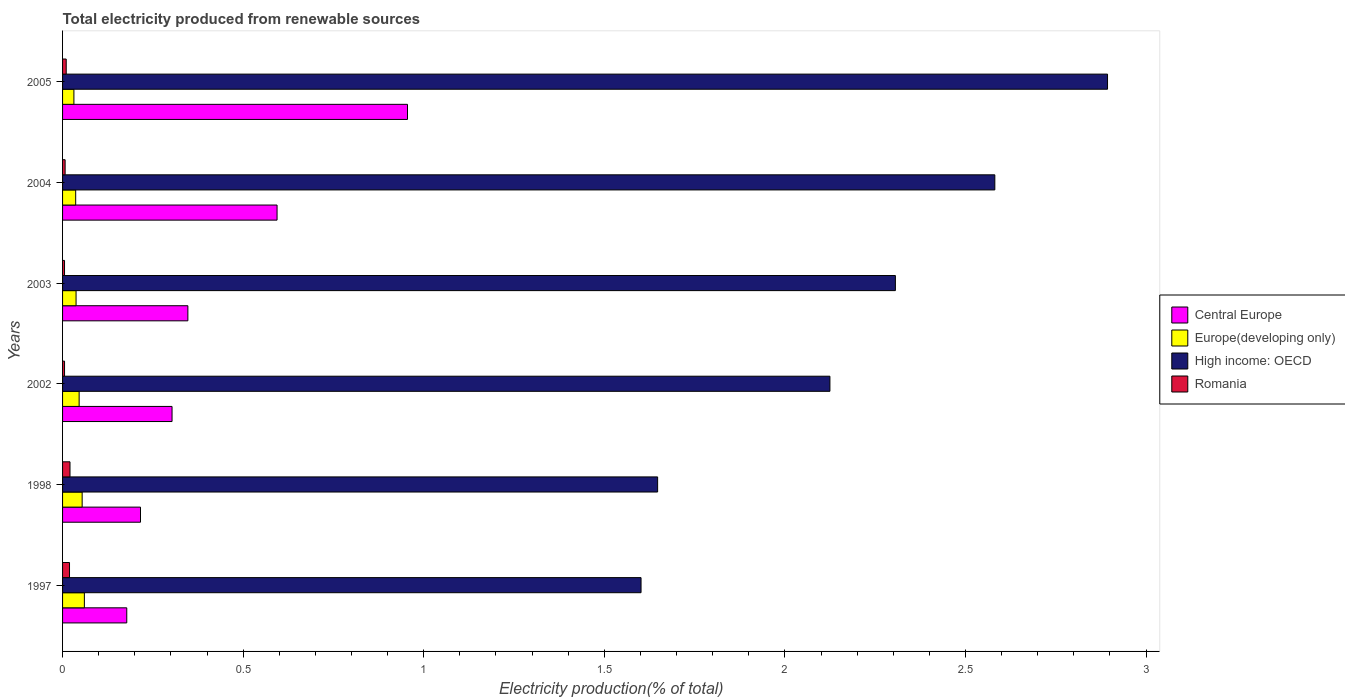
| Years | Central Europe | Europe(developing only) | High income: OECD | Romania |
 | --- | --- | --- | --- | --- |
 | 1997 | 0.178 | 0.0604 | 1.6 | 0.0192 |
 | 1998 | 0.216 | 0.0542 | 1.65 | 0.0206 |
 | 2002 | 0.303 | 0.0459 | 2.12 | 0.00548 |
 | 2003 | 0.347 | 0.0374 | 2.31 | 0.00544 |
 | 2004 | 0.594 | 0.0363 | 2.58 | 0.00708 |
 | 2005 | 0.955 | 0.0314 | 2.89 | 0.0101 |